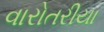
વારોતરીયા